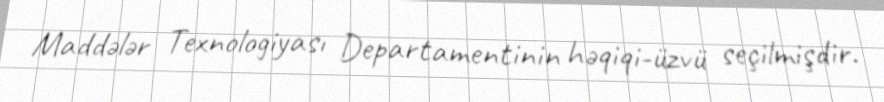
Maddələr Texnologiyası Departamentinin həqiqi-üzvü seçilmişdir.